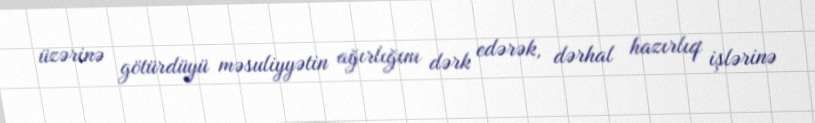
üzərinə götürdüyü məsuliyyətin ağırlığını dərk edərək, dərhal hazırlıq işlərinə